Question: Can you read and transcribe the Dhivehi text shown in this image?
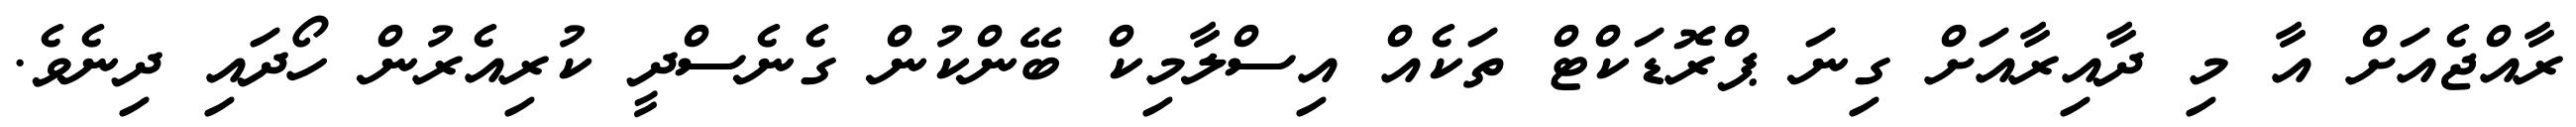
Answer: ރާއްޖެއަށް އާ މި ދާއިރާއަށް ގިނަ ޕްރޮޑަކްޓް ތަކެއް އިސްލާމިކް ބޭންކުން ގެނެސްދީ ކުރިއެރުން ހޯދައި ދިނެވެ.